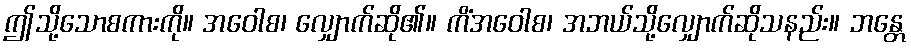
ဤသို့သောစကားကို။ အဝေါစ၊ လျှောက်ဆို၏။ ကိံအဝေါစ၊ အဘယ်သို့လျှောက်ဆိုသနည်း။ ဘန္တေ